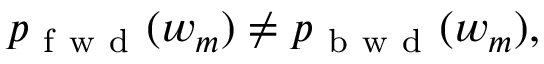
p _ { \mathrm { ~ f ~ w ~ d ~ } } ( w _ { m } ) \neq p _ { \mathrm { ~ b ~ w ~ d ~ } } ( w _ { m } ) ,